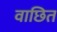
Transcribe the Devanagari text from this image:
वाछित